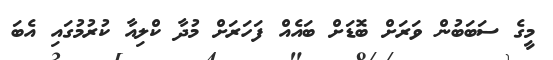
މީގެ ސަބަބުން ވަރަށް ބޮޑަށް ބައެއް ފަހަރަށް މުދާ ކްލިއާ ކުރުމުގައި އެބަ